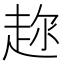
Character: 𬦍